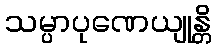
သမ္ပာပုဏေယျုန္တိ